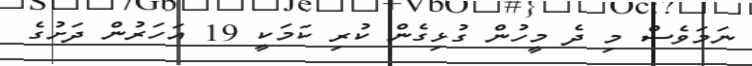
ނަމަވެސް މި ދެ މީހުން ގުޅިގެން ކުރި ކަމަކީ 19 އަހަރުން ދަށުގެ